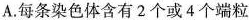
A.每条染色体含有2个或4个端粒